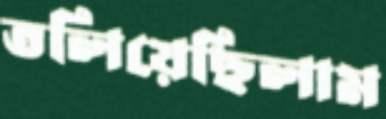
তলিয়েছিলাম